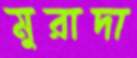
মুরাদা